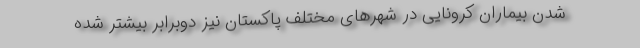
شدن بیماران کرونایی در شهرهای مختلف پاکستان نیز دوبرابر بیشتر شده